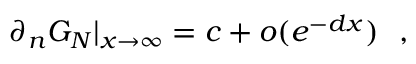
\partial _ { n } G _ { N } | _ { x \rightarrow \infty } = c + o ( e ^ { - d x } ) ~ ~ ,